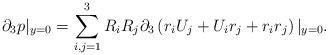
LaTeX: \begin{align*} \partial_3 p|_{y=0} = \sum_{i,j=1}^3R_iR_j\partial_3\left(r_iU_j+U_ir_j+r_ir_j\right)|_{y=0}.\end{align*}